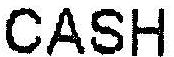
CASH